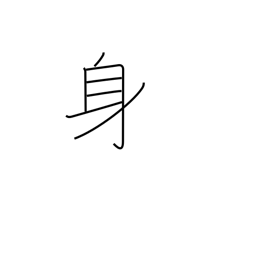
Meaning: somebody